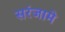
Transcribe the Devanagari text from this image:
सरंजामे